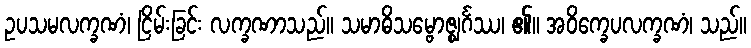
ဥပသမလက္ခဏံ၊ ငြိမ်းခြင်း လက္ခဏာသည်။ သမာဓိသမ္ဗောဇ္ဈင်္ဂဿ၊ ၏။ အဝိက္ခေပလက္ခဏံ၊ သည်။